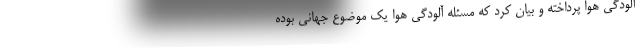
آلودگی هوا پرداخته و بیان کرد که مسئله آلودگی هوا یک موضوع جهانی بوده